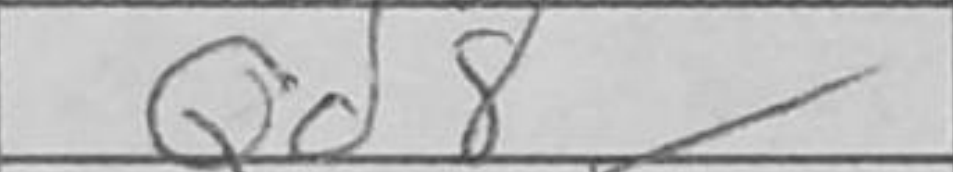
Transcription: Qd8